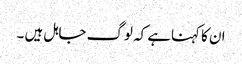
ان کا کہناہے کہ لوگ جاہل ہیں ۔